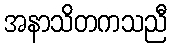
အနာသိတကသညီ